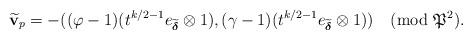
LaTeX: \begin{align*}\widetilde{\mathbf v}_p=-((\varphi-1)(t^{k/2-1} e_{\widetilde{\boldsymbol\delta}} \otimes 1),(\gamma-1)(t^{k/2-1} e_{\widetilde{\boldsymbol\delta}} \otimes 1)) \pmod{\frak P^2}.\end{align*}